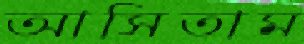
আসিতাম